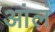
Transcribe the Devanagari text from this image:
आंलं